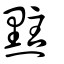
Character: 𪐴